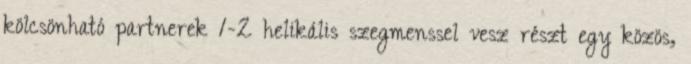
kölcsönható partnerek 1-2 helikális szegmenssel vesz részt egy közös,